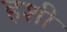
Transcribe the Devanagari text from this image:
हशी